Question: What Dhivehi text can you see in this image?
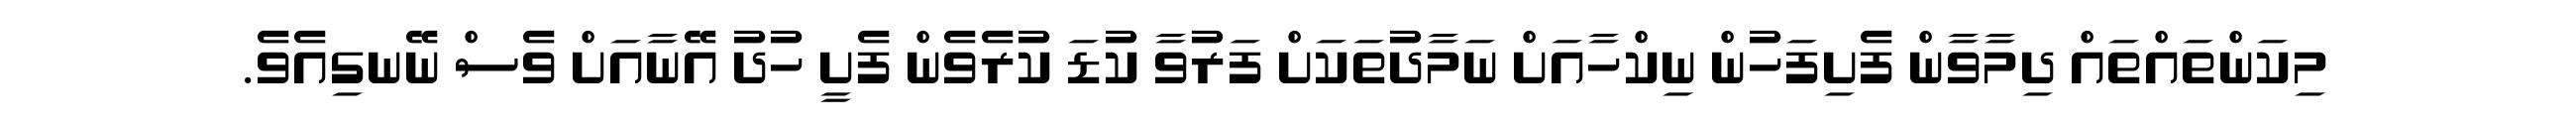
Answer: މިކަންތައްތައް ދިމާވާން ފެށިފަހުން ނިކްހާއަށް ނަމާދުތަކަށް ފަރުވާ ކުޑަ ކުރެވެން ފެށީ ހުދު އޭނާއަށް ވެސް ނޭނގިއެވެ.